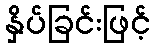
နှိပ်ခြင်းဖြင့်